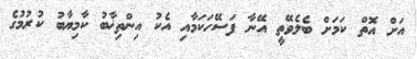
އަށް އޮތް ކަމަށް ބެލެވޭތީ އޭނާ ފަސޭހަކަމާއި އެކު އިންތިޚާބު ކާމިޔާބު ކުރުމުގެ